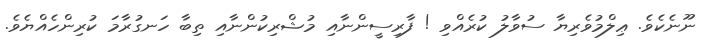
ނޫނެކެވެ. ޢިލްމުވެރިޔާ ސުވާލު ކުރެއްވި ! ފާރިސީންނާއި މުޝްރިކުންނާއި ތިބާ ހަނގުރާމަ ކުރިންހެއްޔެވެ.